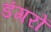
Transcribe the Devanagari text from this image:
डंगरों